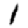
Digit: 1